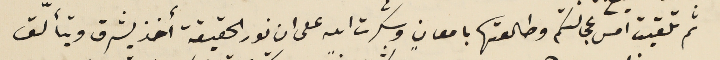
ثم تلقيت امس عجالتكم وطالعتها بامعانٍ وشكرت الله على ان نور الحقيقة أخذ يشرق ويتألّق